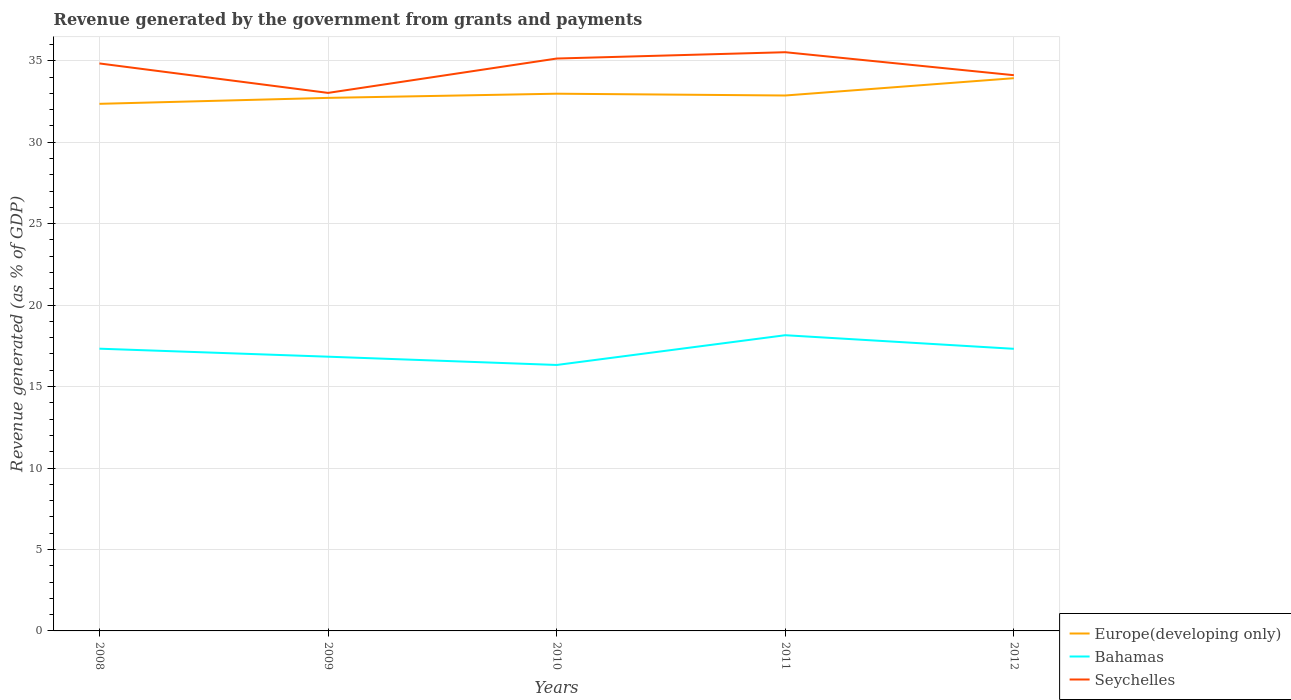
| Years | Europe(developing only) | Bahamas | Seychelles |
 | --- | --- | --- | --- |
 | 2008 | 32.4 | 17.3 | 34.8 |
 | 2009 | 32.7 | 16.8 | 33 |
 | 2010 | 33 | 16.3 | 35.1 |
 | 2011 | 32.9 | 18.2 | 35.5 |
 | 2012 | 33.9 | 17.3 | 34.1 |